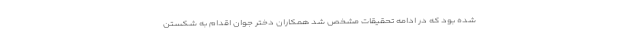
شده بود که در ادامه تحقیقات مشخص شد همکاران دختر جوان اقدام به شکستن